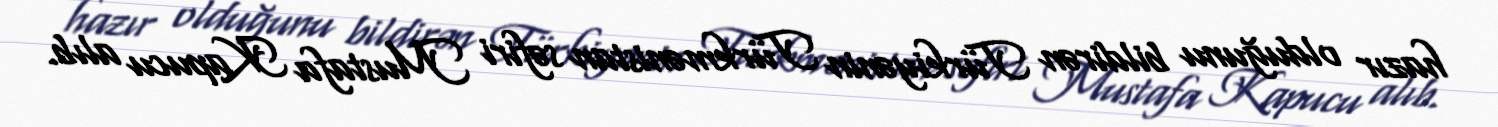
hazır olduğunu bildirən Türkiyənin Türkmənistan səfiri Mustafa Kapucu alıb.